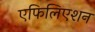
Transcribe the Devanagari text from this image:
एफिलिएशन